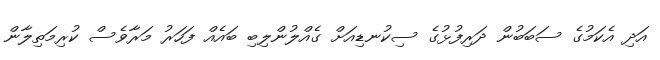
އަދި އެކަމުގެ ސަބަބުން ދަރިފުޅުގެ ސިކުނޑިއަށް ގެއްލުންލިބި ބައެއް ފަހަރު މަރާވެސް ކުރިމަތިލާން